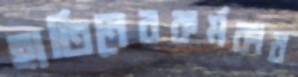
হাতিনেরকর্মকার